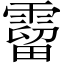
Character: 霤